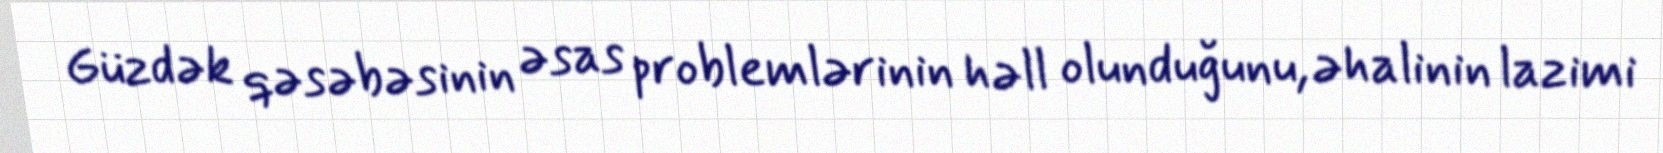
Güzdək qəsəbəsinin əsas problemlərinin həll olunduğunu, əhalinin lazimi